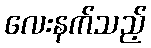
လေးနက်သည့်